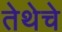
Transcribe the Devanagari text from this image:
तेथेचे